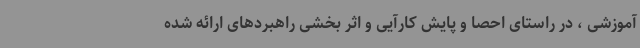
آموزشی ، در راستای احصا و پایش کارآیی و اثر بخشی راهبردهای ارائه شده